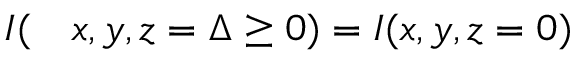
\begin{array} { r l } { I ( } & { { } x , y , z = \Delta \ge 0 ) = I ( x , y , z = 0 ) } \end{array}